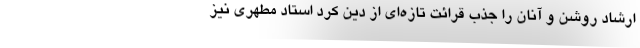
ارشاد روشن و آنان را جذب قرائت تازه‌ای از دین کرد استاد مطهری نیز